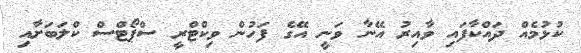
ކުޅުމެއް ދައްކާފައި ވާއިރު އޭނާ ވަނީ އޭގެ ފަހުން ވިކްޓްރީ ސްޕޯޓްސް ކްލަބަށާއި